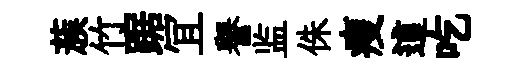
蔟竹踞冝譽监侏瘦這吃